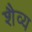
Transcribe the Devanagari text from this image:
शैव्य